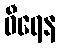
ဝီရေန